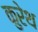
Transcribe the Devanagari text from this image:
कुरेथ